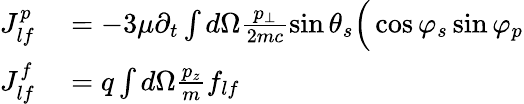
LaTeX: \begin{array}{rl}{J_{lf}^{p}}&{{}=-3\mu\partial_{t}\int d\Omega\frac{p_{\bot}}{2mc}\sin\theta_{s}\Big(\cos\varphi_{s}\sin\varphi_{p}}\\ {J_{lf}^{f}}&{{}=q\int d\Omega\frac{p_{z}}{m}f_{lf}}\end{array}